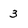
Character: 3